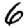
Digit: 6